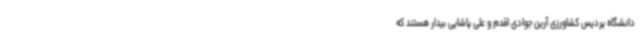
دانشگاه پردیس کشاورزی آرین جوادی اقدم و علی پاشایی بیدار هستند که